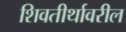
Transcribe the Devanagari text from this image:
शिवतीर्थावरील